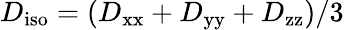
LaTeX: D_{\mathrm{iso}}=(D_{\mathrm{xx}}+D_{\mathrm{yy}}+D_{\mathrm{zz}})/3